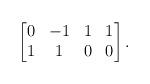
LaTeX: \begin{align*}\begin{bmatrix}0 & -1 & 1 &1\\1 & 1 & 0 & 0\end{bmatrix}.\end{align*}